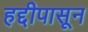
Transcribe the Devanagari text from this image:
हद्दीपासून